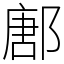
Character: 鄌